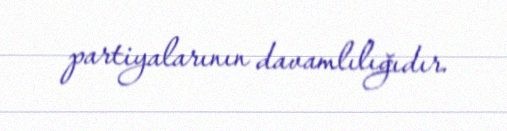
partiyalarının davamlılığıdır.